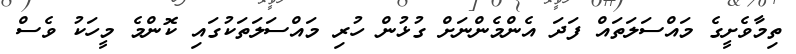
ތިމާވެށީގެ މައްސަލަތައް ފަދަ އެންމެންނަށް ގުޅުން ހުރި މައްސަލަތަކުގައި ކޮންމެ މީހަކު ވެސް